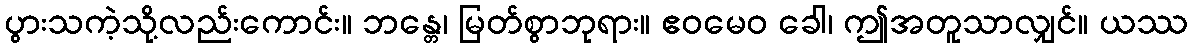
ပွားသကဲ့သို့လည်းကောင်း။ ဘန္တေ၊ မြတ်စွာဘုရား။ ဧဝမေဝ ခေါ၊ ဤအတူသာလျှင်။ ယဿ